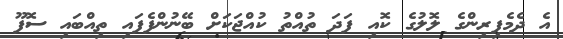
އެ ދެމެފިރިންގެ ލޮލުގެ ކޮއި ފަދަ ތުއްތު ކުއްޖަކަށް ބޭނުންފެފައި ތިއްބައި ސޮފޫ